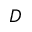
D